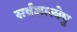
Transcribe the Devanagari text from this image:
सर्वशास्त्रेषु